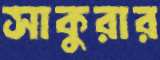
সাকুরার